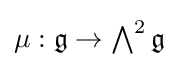
\textstyle \mu :{\mathfrak {g}}\to \bigwedge ^{2}{\mathfrak {g}}